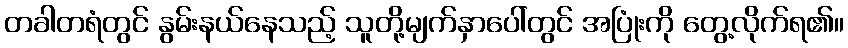
တခါတရံတွင် နွမ်းနယ်နေသည့် သူတို့မျက်နှာပေါ်တွင် အပြုံးကို တွေ့လိုက်ရ၏။